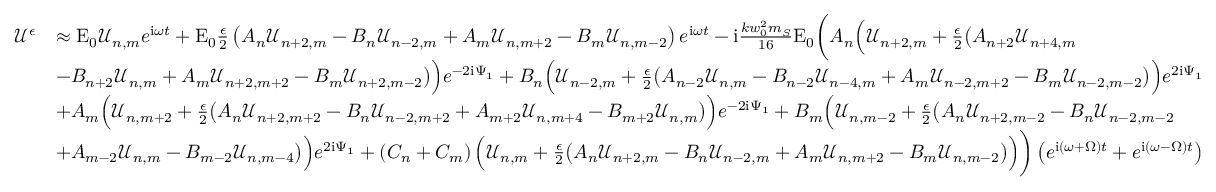
\begin{array} { r l } { \mathcal { U } ^ { \epsilon } } & { \approx \mathrm { E } _ { 0 } \mathcal { U } _ { n , m } e ^ { \mathrm { i } \omega t } + \mathrm { E } _ { 0 } \frac { \epsilon } { 2 } \left( A _ { n } \mathcal { U } _ { n + 2 , m } - B _ { n } \mathcal { U } _ { n - 2 , m } + A _ { m } \mathcal { U } _ { n , m + 2 } - B _ { m } \mathcal { U } _ { n , m - 2 } \right) e ^ { \mathrm { i } \omega t } - \mathrm { i } \frac { k w _ { 0 } ^ { 2 } m _ { S } } { 1 6 } \mathrm { E } _ { 0 } \bigg ( A _ { n } \Big ( \mathcal { U } _ { n + 2 , m } + \frac { \epsilon } { 2 } \big ( A _ { n + 2 } \mathcal { U } _ { n + 4 , m } } \\ & { - B _ { n + 2 } \mathcal { U } _ { n , m } + A _ { m } \mathcal { U } _ { n + 2 , m + 2 } - B _ { m } \mathcal { U } _ { n + 2 , m - 2 } \big ) \Big ) e ^ { - 2 \mathrm { i } \Psi _ { 1 } } + B _ { n } \Big ( \mathcal { U } _ { n - 2 , m } + \frac { \epsilon } { 2 } \big ( A _ { n - 2 } \mathcal { U } _ { n , m } - B _ { n - 2 } \mathcal { U } _ { n - 4 , m } + A _ { m } \mathcal { U } _ { n - 2 , m + 2 } - B _ { m } \mathcal { U } _ { n - 2 , m - 2 } \big ) \Big ) e ^ { 2 \mathrm { i } \Psi _ { 1 } } } \\ & { + A _ { m } \Big ( \mathcal { U } _ { n , m + 2 } + \frac { \epsilon } { 2 } \big ( A _ { n } \mathcal { U } _ { n + 2 , m + 2 } - B _ { n } \mathcal { U } _ { n - 2 , m + 2 } + A _ { m + 2 } \mathcal { U } _ { n , m + 4 } - B _ { m + 2 } \mathcal { U } _ { n , m } \big ) \Big ) e ^ { - 2 \mathrm { i } \Psi _ { 1 } } + B _ { m } \Big ( \mathcal { U } _ { n , m - 2 } + \frac { \epsilon } { 2 } \big ( A _ { n } \mathcal { U } _ { n + 2 , m - 2 } - B _ { n } \mathcal { U } _ { n - 2 , m - 2 } } \\ & { + A _ { m - 2 } \mathcal { U } _ { n , m } - B _ { m - 2 } \mathcal { U } _ { n , m - 4 } \big ) \Big ) e ^ { 2 \mathrm { i } \Psi _ { 1 } } + \left( C _ { n } + C _ { m } \right) \Big ( \mathcal { U } _ { n , m } + \frac { \epsilon } { 2 } \big ( A _ { n } \mathcal { U } _ { n + 2 , m } - B _ { n } \mathcal { U } _ { n - 2 , m } + A _ { m } \mathcal { U } _ { n , m + 2 } - B _ { m } \mathcal { U } _ { n , m - 2 } \big ) \Big ) \bigg ) \left( e ^ { \mathrm { i } ( \omega + \Omega ) t } + e ^ { \mathrm { i } ( \omega - \Omega ) t } \right) } \end{array}